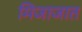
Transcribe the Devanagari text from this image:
मिजाजात